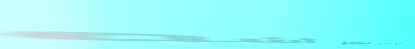
حلويات الشرق تقدم لكم أشه